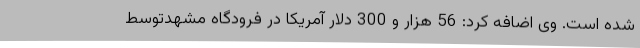
شده‌ است. وی اضافه‌ کرد: 56 هزار و 300 دلار آمریکا در فرودگاه مشهدتوسط